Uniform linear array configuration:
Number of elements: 16
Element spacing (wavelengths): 0.5
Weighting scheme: kaiser
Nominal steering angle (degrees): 15
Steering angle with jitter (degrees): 16.909
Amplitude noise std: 0.05
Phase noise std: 0.05

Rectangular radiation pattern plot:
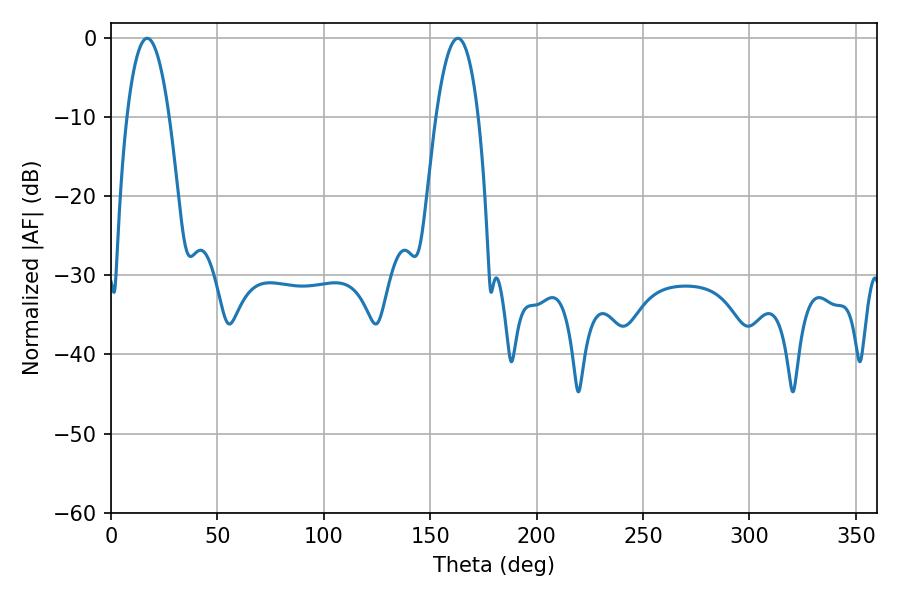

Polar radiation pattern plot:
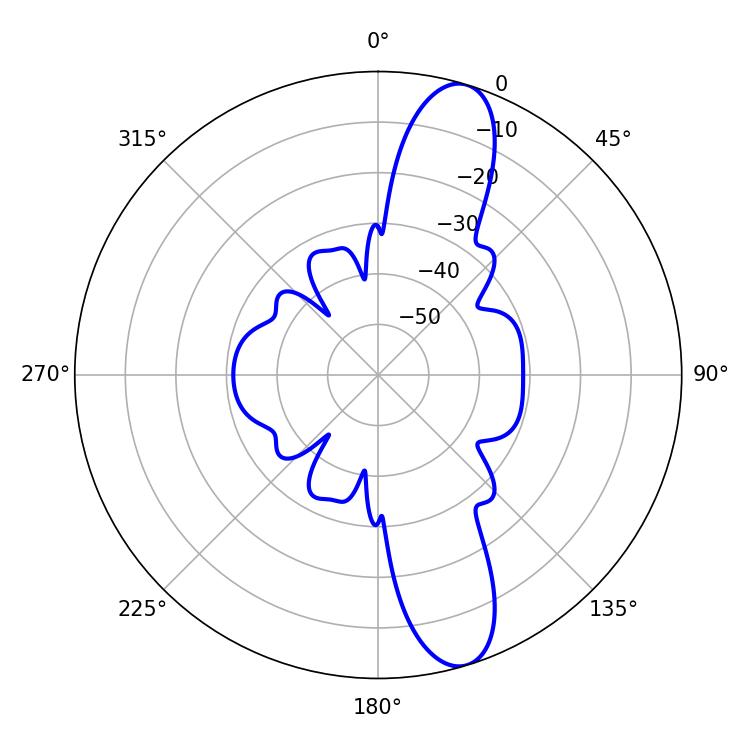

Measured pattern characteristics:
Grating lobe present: FALSE
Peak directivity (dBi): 12.139
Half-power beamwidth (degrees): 10.98
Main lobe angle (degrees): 16.92